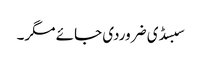
سبسڈی ضروردی جائے مگر۔